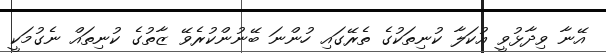
އޭނާ ވިދާޅުވީ އުކަލާ ކުނިތަކުގެ ތެރޭގައި ހުންނަ ބޭނުންކުރެވޭ ޒާތުގެ ކުނިތައް ނެގުމަކީ